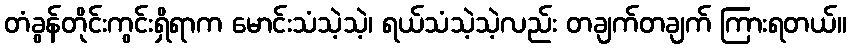
တံခွန်တိုင်းကွင်းရှိရာက မောင်းသံသဲ့သဲ့၊ ရယ်သံသဲ့သဲ့လည်း တချက်တချက် ကြားရတယ်။